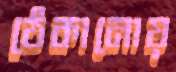
ঠেকানোয়